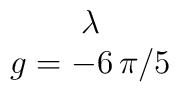
\begin{array}{c} \lambda \\ g = -6 \, \pi/5 \end{array}